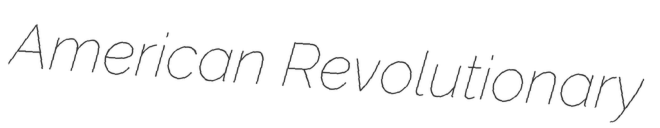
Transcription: American Revolutionary